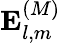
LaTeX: \mathbf{E}_{l,m}^{(M)}